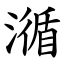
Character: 㵌